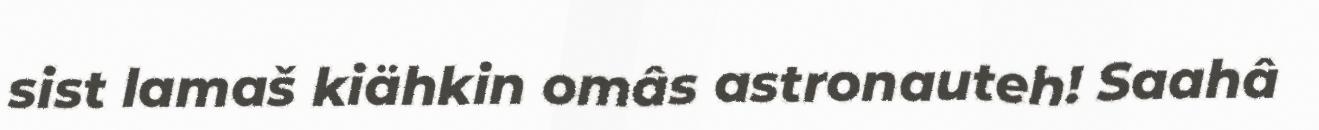
sist lamaš kiähkin omâs astronauteh! Saahâ